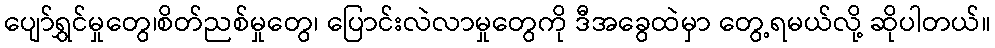
ပျော်ရွှင်မှုတွေ၊စိတ်ညစ်မှုတွေ၊ ပြောင်းလဲလာမှုတွေကို ဒီအခွေထဲမှာ တွေ့ရမယ်လို့ ဆိုပါတယ်။